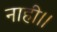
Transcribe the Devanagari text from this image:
नाही।।